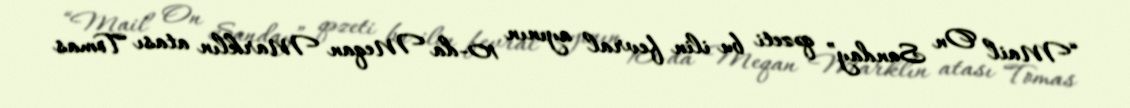
“Mail On Sunday” qəzeti bu ilin fevral ayının 10-da Meqan Marklın atası Tomas